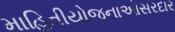
માહિતીયોજનાઓસરદાર